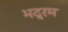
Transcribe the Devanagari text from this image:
भद्रम